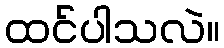
ထင်ပါသလဲ။